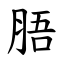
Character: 䏸